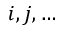
i , j , \ldots